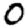
Digit: 0